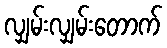
လျှမ်းလျှမ်းတောက်